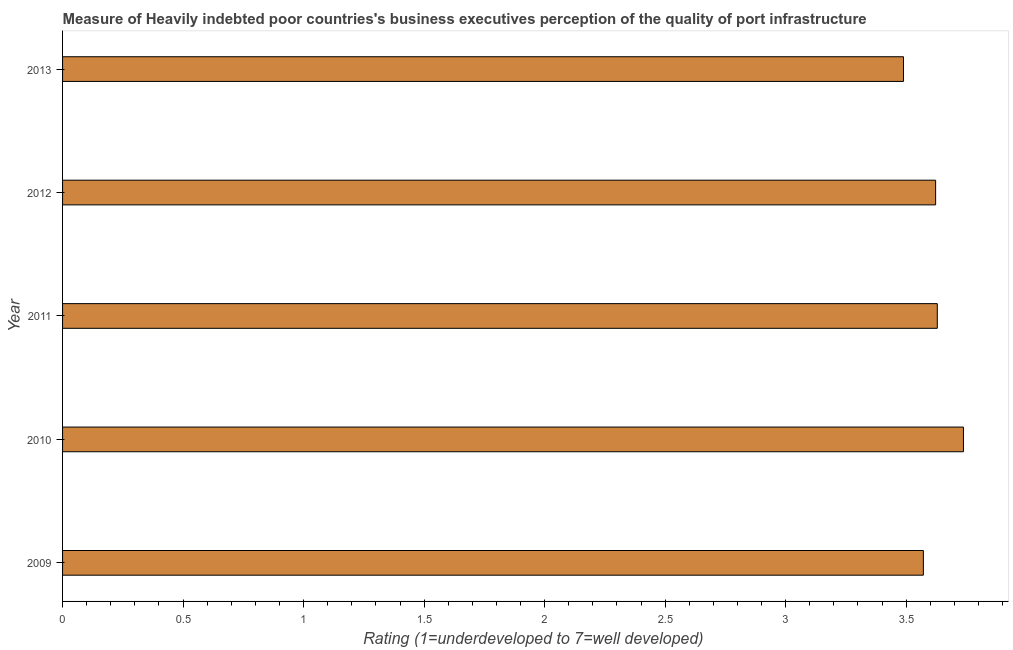
| Year | Quality of port infrastructure |
 | --- | --- |
 | 2009 | 3.57 |
 | 2010 | 3.74 |
 | 2011 | 3.63 |
 | 2012 | 3.62 |
 | 2013 | 3.49 |